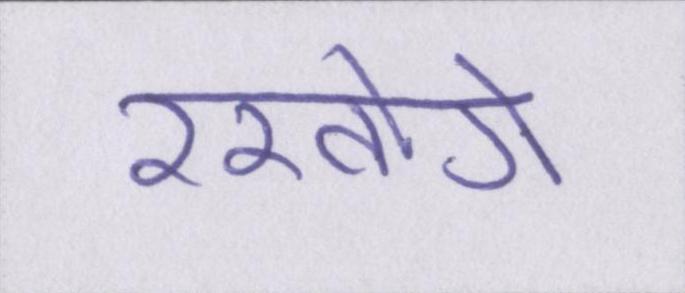
रखोगे